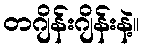
တဂျိန်းဂျိန်းနဲ့။